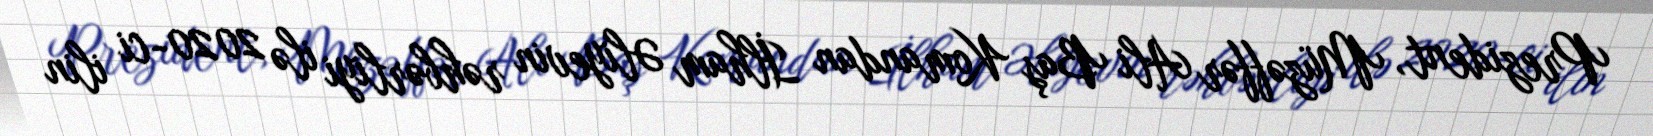
Prezident, Müzəffər Ali Baş Komandan İlham Əliyevin rəhbərliyi ilə 2020-ci ilin